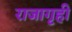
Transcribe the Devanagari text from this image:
राजागृही